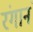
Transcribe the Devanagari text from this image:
रंगानं